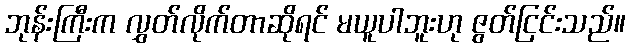
ဘုန်းကြီးက လွှတ်လိုက်တာဆိုရင် မယူပါဘူးဟု ဇွတ်ငြင်းသည်။